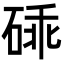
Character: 䂷